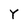
Character: Y